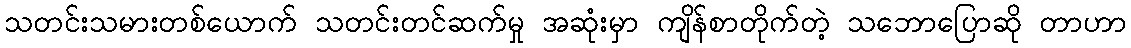
သတင်းသမားတစ်ယောက် သတင်းတင်ဆက်မှု အဆုံးမှာ ကျိန်စာတိုက်တဲ့ သဘောပြောဆို တာဟာ